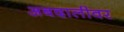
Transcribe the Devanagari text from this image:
अबदालीवर